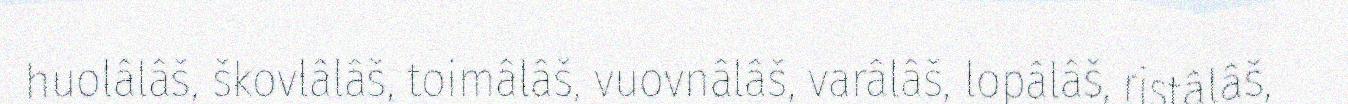
huolâlâš, škovlâlâš, toimâlâš, vuovnâlâš, varâlâš, lopâlâš, ristâlâš,